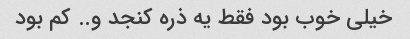
خیلی خوب بود فقط یه ذره کنجد و.. کم بود